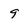
Character: 9